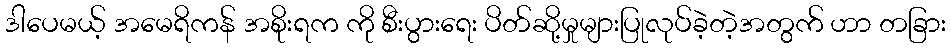
ဒါပေမယ့် အမေရိကန် အစိုးရက ကို စီးပွားရေး ပိတ်ဆို့မှုများပြုလုပ်ခဲ့တဲ့အတွက် ဟာ တခြား